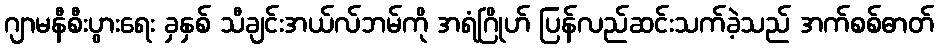
ဂျာမနီစီးပွားရေး ခှနှစ် သီချင်းအယ်လ်ဘမ်ကို အရံဂြိုဟ် ပြန်လည်ဆင်းသက်ခဲ့သည် အက်စစ်ဓာတ်